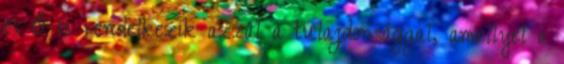
és Ő is rendelkezik azzal a tulajdonsággal, amellyel a